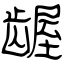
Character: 龌